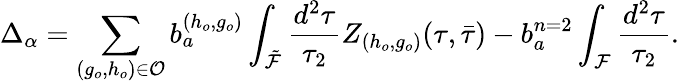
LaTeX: \Delta_{\alpha}=\sum_{(g_{o},h_{o})\in{\cal O}}b_{a}^{(h_{o},g_{o})}\int_{\tilde{\cal F}}\frac{d^{2}\tau}{\tau_{2}}Z_{(h_{o},g_{o})}(\tau,{\bar{\tau}})-b_{a}^{n=2}\int_{\cal F}\frac{d^{2}\tau}{\tau_{2}}.